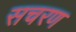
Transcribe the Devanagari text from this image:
सचरण